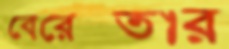
বেরেস্তার